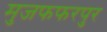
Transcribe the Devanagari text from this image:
मुजफफरपुर